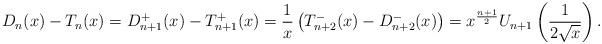
LaTeX: \begin{align*}D_n(x)-T_n(x)=D^+_{n+1}(x)-T^+_{n+1}(x)=\frac{1}{x}\left(T^-_{n+2}(x)-D^-_{n+2}(x)\right)=x^{\frac{n+1}{2}}U_{n+1}\left(\frac{1}{2\sqrt{x}}\right).\end{align*}